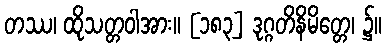
တဿ၊ ထိုသတ္တဝါအား။ [၁၈၃] ဒုဂ္ဂတိနိမိတ္တေ၊ ၌။